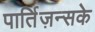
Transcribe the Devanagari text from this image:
पार्तिज़न्सके